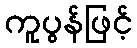
ကူပွန်ဖြင့်